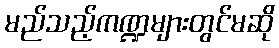
မည်သည့်ကဏ္ဍများတွင်မဆို